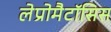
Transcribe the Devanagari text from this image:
लेप्रोमैटॉसिस